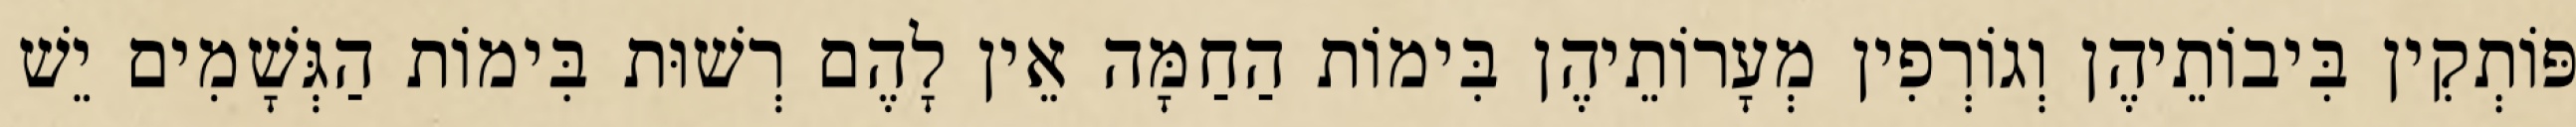
פּוֹתְקִין בִּיבוֹתֵיהֶן וְגוֹרְפִין מְעָרוֹתֵיהֶן בִּימוֹת הַחַמָּה אֵין לָהֶם רְשׁוּת בִּימוֹת הַגְּשָׁמִים יֵשׁ